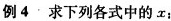
例4 求下列各式中的x: